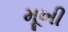
મૂખી